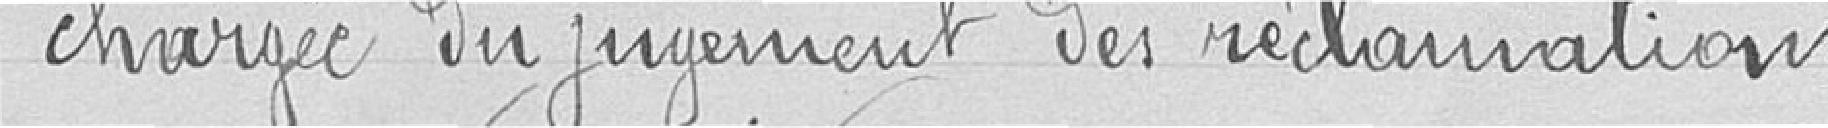
chargée du jugement des réclamations